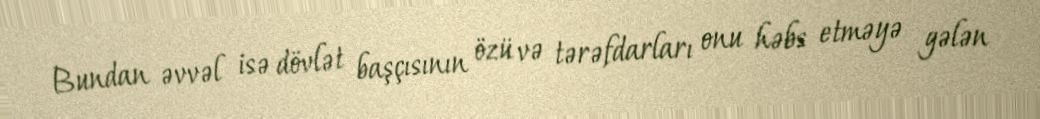
Bundan əvvəl isə dövlət başçısının özü və tərəfdarları onu həbs etməyə gələn